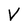
Character: V